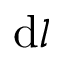
\mathrm { d } l